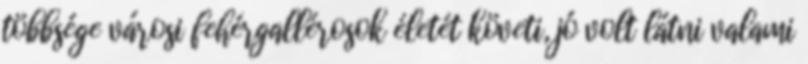
többsége városi fehérgallérosok életét követi, jó volt látni valami